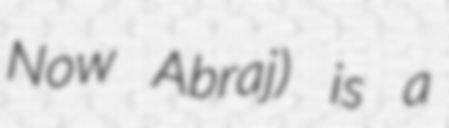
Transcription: Now Abraj) is a